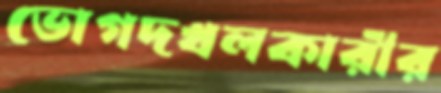
ভোগদখলকারীর